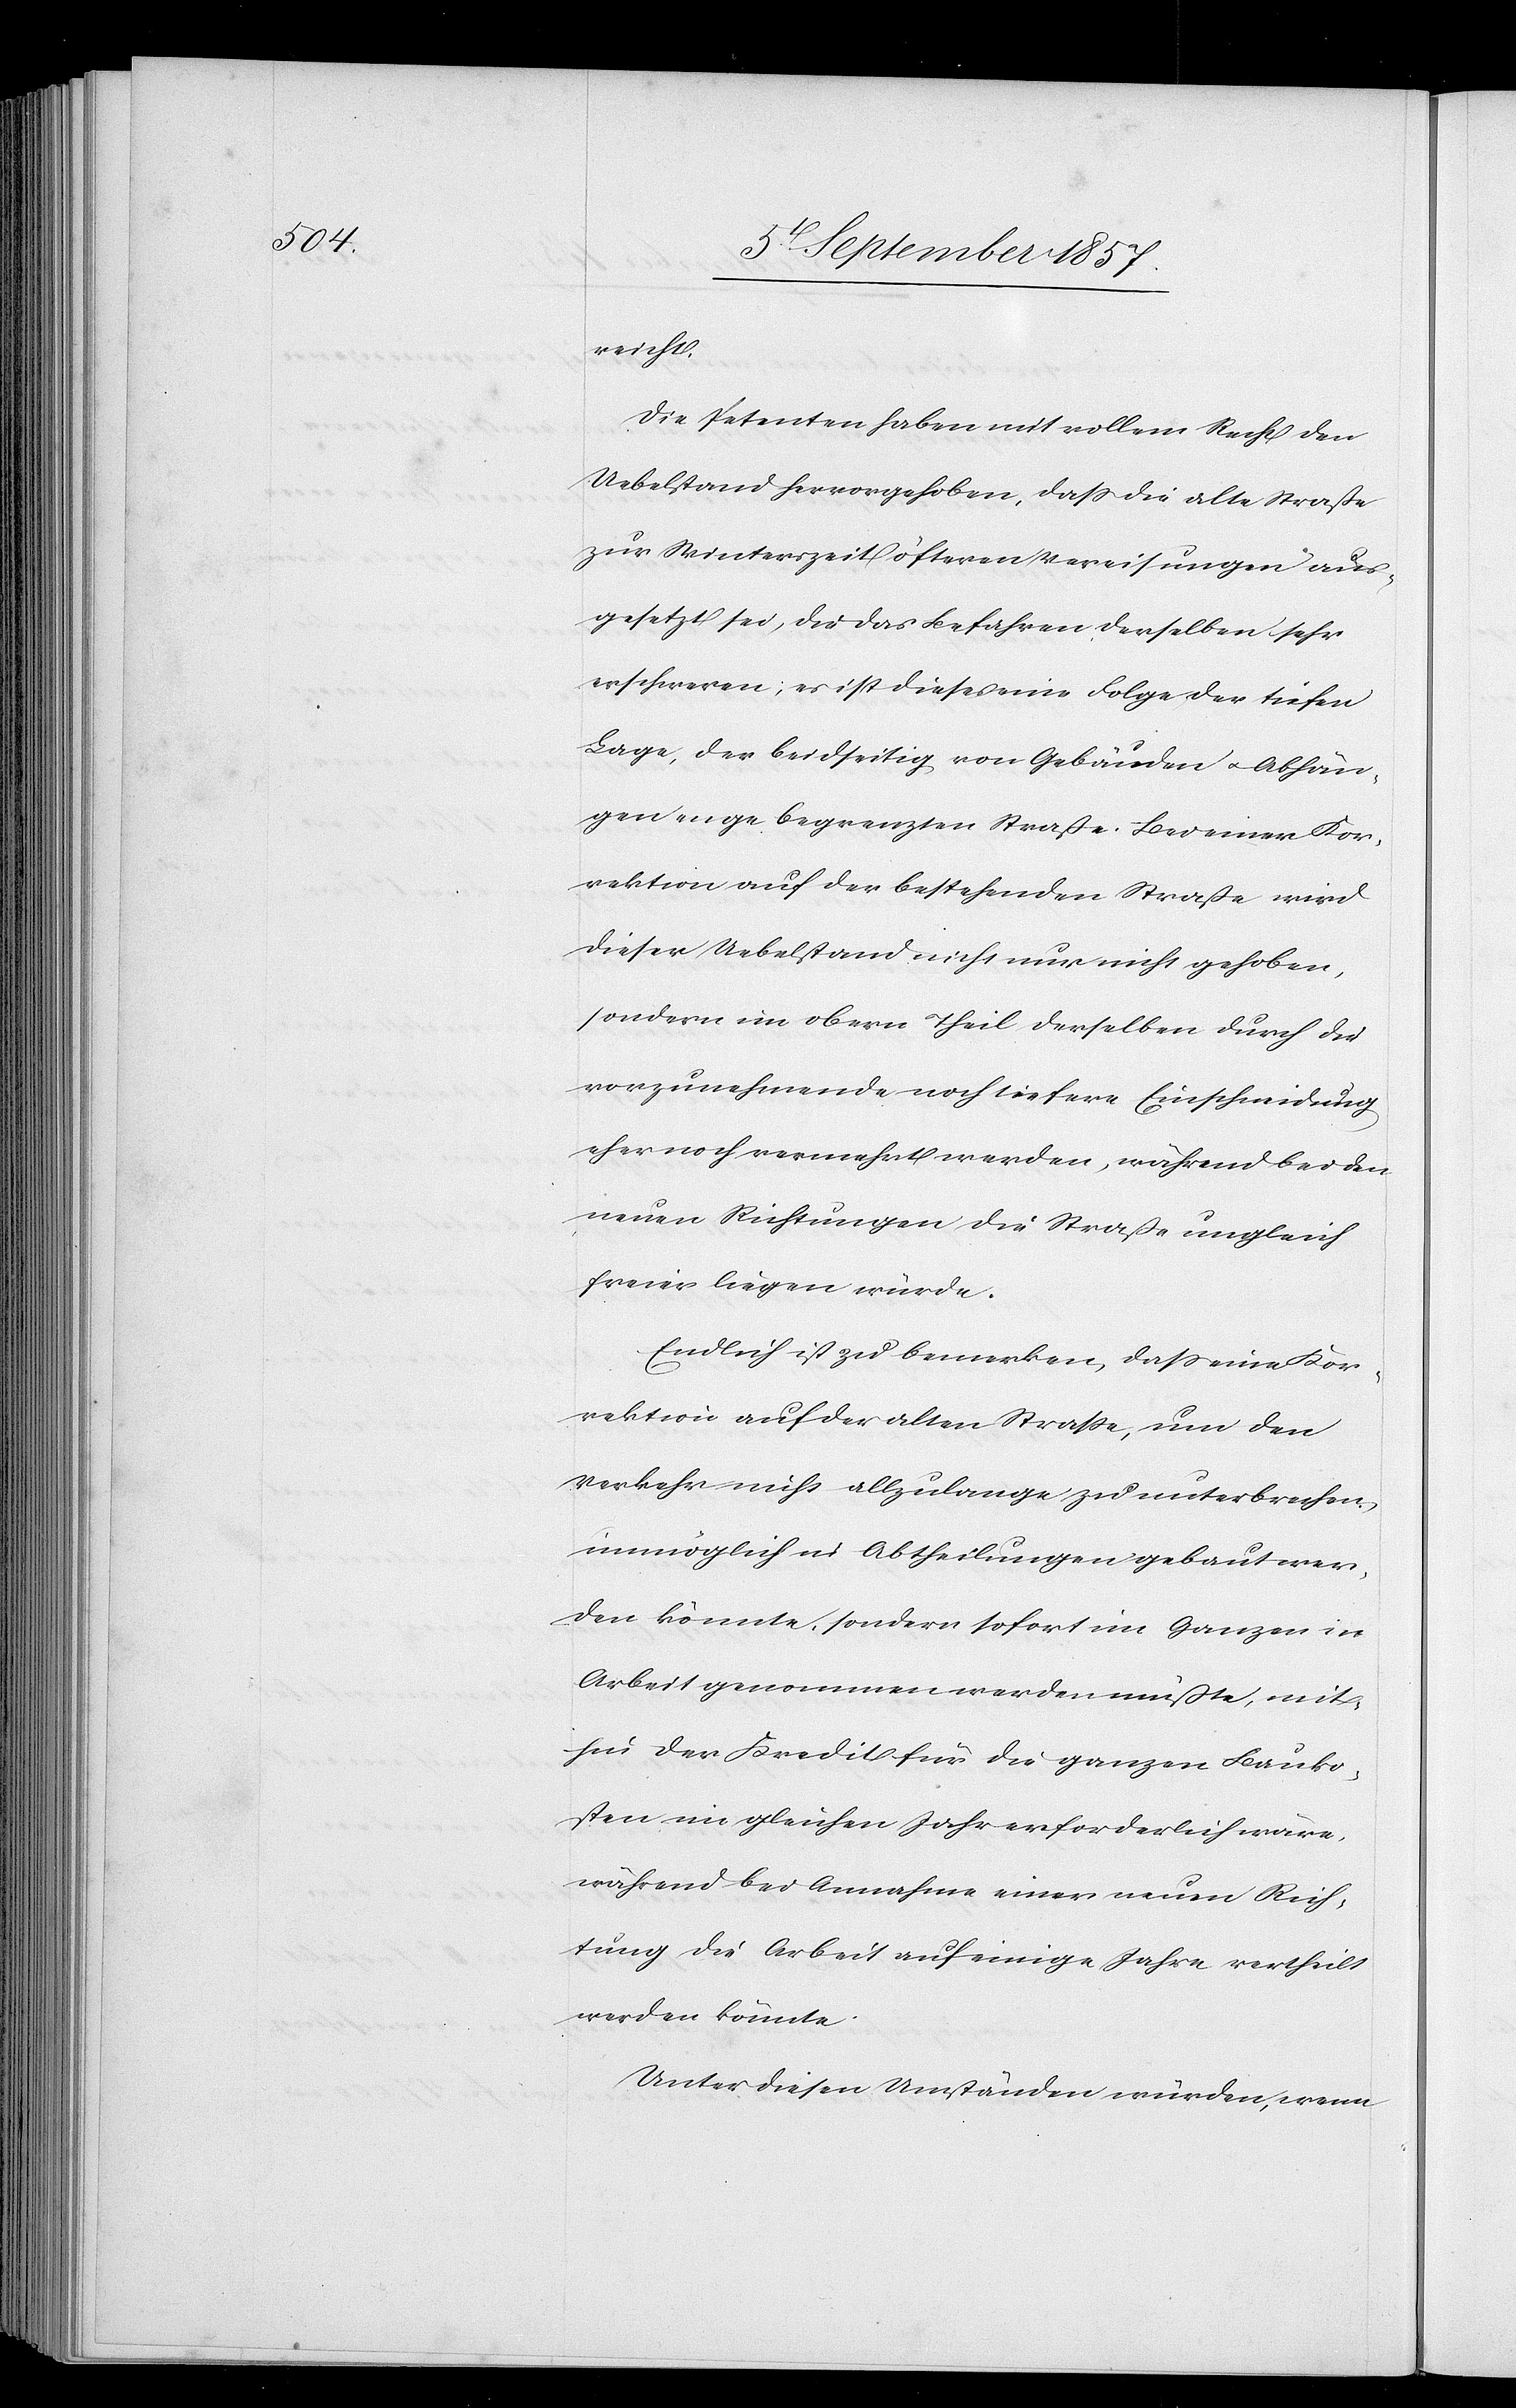
reicht.
Die Petenten haben mit vollem Recht den
Uebelstand hervorgehoben, daß die alte Straße
zur Winterzeit öfteren Vereisungen aus¬
gesetzt sei, die das Befahren derselben sehr
erschweren; es ist dieses eine Folge der tiefen
Lage, der beidseitig von Gebäuden & Abhän¬
gen enge begrenzten Straße. Bei einer Kor¬
rektion auf der bestehenden Straße wird
dieser Uebelstand nicht nur nicht gehoben,
sondern im obern Theil derselben durch die
vorzunehmende noch tiefere Einschneidung
eher noch vermehrt werden, während bei den
neuen Richtungen die Straße ungleich
freier liegen würde.
Endlich ist zu bemerken, daß eine Kor¬
rektion auf der alten Straße, um den
Verkehr nicht allzulange zu unterbrechen,
unmöglich in Abtheilungen gebaut wer¬
den könnte, sondern sofort im Ganzen in
Arbeit genommen werden müßte, mit¬
hin der Kredit für die ganzen Bauko¬
sten im gleichen Jahr erforderlich wäre,
während bei Annahme einer neuen Rich¬
tung die Arbeit auf einige Jahre vertheilt
werden könnte.
Unter diesen Umständen würden, wenn